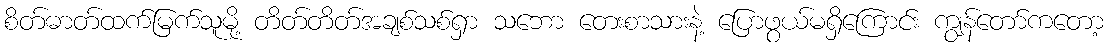
စိတ်ဓာတ်ထက်မြက်သူမို့ တိတ်တိတ်အချစ်သစ်ရှာ သဘော တေးစာသားနဲ့ ပြောဖွယ်မရှိကြောင်း ကျွန်တော်ကတော့